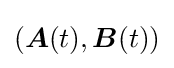
({\boldsymbol {A}}(t),{\boldsymbol {B}}(t))